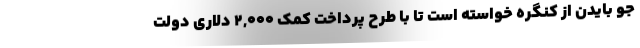
جو بایدن از کنگره خواسته است تا با طرح پرداخت کمک ۲,۰۰۰ دلاری دولت